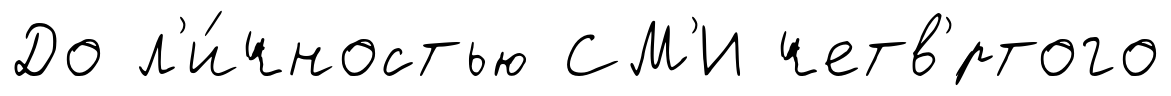
До л'и́чностью СМ'И четв'́ртого